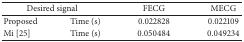
| <COLSPAN=2> Desired signal | FECG | MECG |
 | --- | --- | --- | --- |
 | Proposed | Time (s) | 0.022828 | 0.022109 |
 | Mi [25] | Time (s) | 0.050484 | 0.049234 |